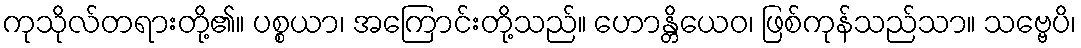
ကုသိုလ်တရားတို့၏။ ပစ္စယာ၊ အကြောင်းတို့သည်။ ဟောန္တိယေဝ၊ ဖြစ်ကုန်သည်သာ။ သဗ္ဗေပိ၊